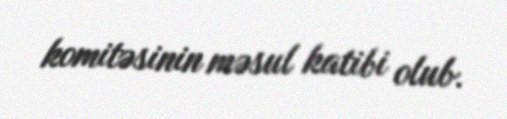
komitəsinin məsul katibi olub.